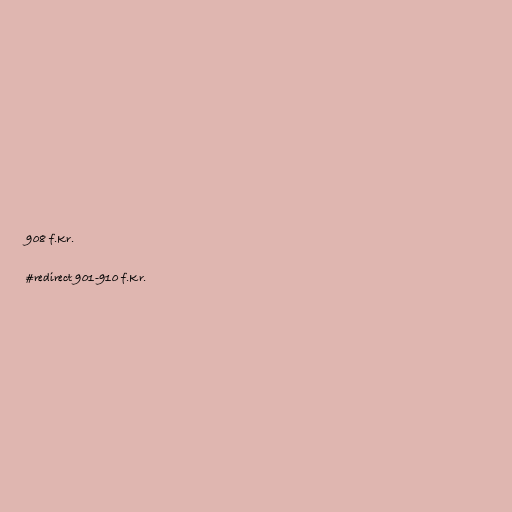
908 f.Kr.

#redirect 901-910 f.Kr.